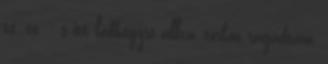
te. te. - s itt lábhegyre állva, torkon ragadtam,